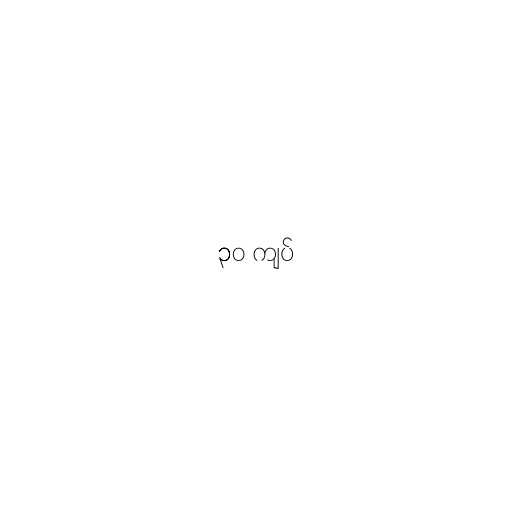
၃၀ ကျပ်